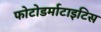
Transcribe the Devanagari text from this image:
फोटोडर्माटाइटिस